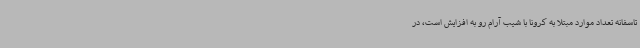
تاسفانه تعداد موارد مبتلا به کرونا با شیب آرام رو به افزایش است، در